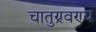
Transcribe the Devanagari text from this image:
चातुण्र्वण्य